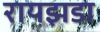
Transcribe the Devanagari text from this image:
रायझडा